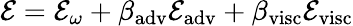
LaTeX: {\cal E}={\cal E}_{\omega}+\beta_{\mathrm{adv}}{\cal E}_{\mathrm{adv}}+\beta_{\mathrm{visc}}{\cal E}_{\mathrm{visc}}